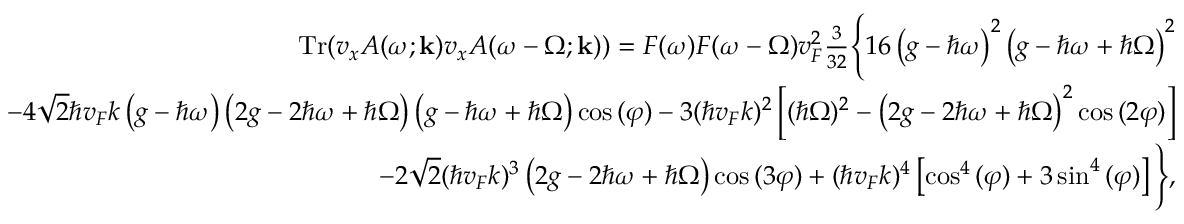
\begin{array} { r l r } & { } & { \mathrm { T r } { \left( v _ { x } A ( \omega ; \mathbf { k } ) v _ { x } A ( \omega - \Omega ; \mathbf { k } ) \right) } = F ( \omega ) F ( \omega - \Omega ) v _ { F } ^ { 2 } \frac { 3 } { 3 2 } \Bigg \{ 1 6 \left( g - \hbar \omega \right) ^ { 2 } \left( g - \hbar \omega + \hbar \Omega \right) ^ { 2 } } \\ & { } & { - 4 \sqrt { 2 } \hbar v _ { F } k \left( g - \hbar \omega \right) \left( 2 g - 2 \hbar \omega + \hbar \Omega \right) \left( g - \hbar \omega + \hbar \Omega \right) \cos { ( \varphi ) } - 3 ( \hbar v _ { F } k ) ^ { 2 } \left[ ( \hbar \Omega ) ^ { 2 } - \left( 2 g - 2 \hbar \omega + \hbar \Omega \right) ^ { 2 } \cos { ( 2 \varphi ) } \right] } \\ & { } & { - 2 \sqrt { 2 } ( \hbar v _ { F } k ) ^ { 3 } \left( 2 g - 2 \hbar \omega + \hbar \Omega \right) \cos { ( 3 \varphi ) } + ( \hbar v _ { F } k ) ^ { 4 } \left[ \cos ^ { 4 } { ( \varphi ) } + 3 \sin ^ { 4 } { ( \varphi ) } \right] \Bigg \} , } \end{array}